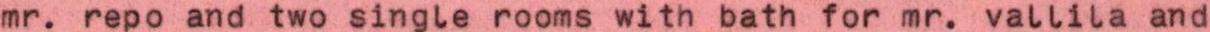
mr. repo and two single rooms with bath for mr. vallila and